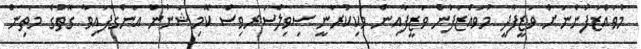
މުވައްޒަފުންނަށް ވަޒީފާދީ މުވައްޒަފުން ވަޒީފާއިން ވަކިކުރާނީ ސިވިލްސަރވިސް ކޮމިޝަނުން އަންގާފައިވާ ގޮތުގެ މަތިން